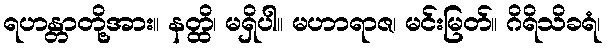
ရဟန္တာတို့အား။ နတ္ထိ၊ မရှိပါ။ မဟာရာဇ၊ မင်းမြတ်။ ဂိရိသိခရံ၊